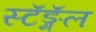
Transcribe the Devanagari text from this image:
स्टॅङ्गॅल